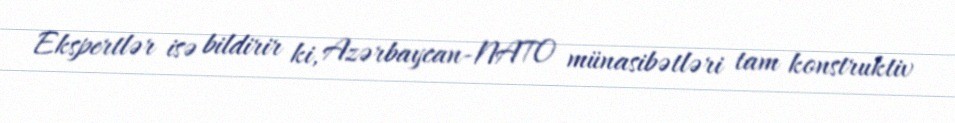
Ekspertlər isə bildirir ki, Azərbaycan-NATO münasibətləri tam konstruktiv